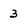
Character: 3